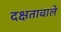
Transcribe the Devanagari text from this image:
दक्षतावाले